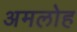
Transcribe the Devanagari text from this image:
अमलोह